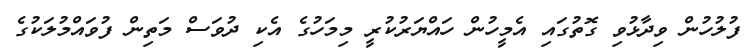
ފުލުހުން ވިދާޅުވި ގޮތުގައި އެމީހުން ހައްޔަރުކުރީ މިމަހުގެ އެކި ދުވަސް މަތިން ފުވައްމުލަކުގެ